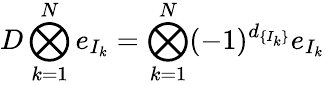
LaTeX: D\bigotimes_{k=1}^{N}e_{I_{k}}=\bigotimes_{k=1}^{N}(-1)^{d_{\{ I_{k}\} }}e_{I_{k}}